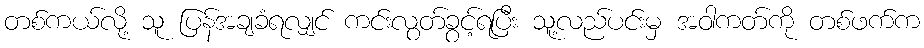
တစ်ကယ်လို့ သူ ပြန်အချခံရလျှင် ကင်းလွတ်ခွင့်ရပြီး သူ့လည်ပင်းမှ အဝါကတ်ကို တစ်ဖက်က